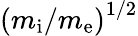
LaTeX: \left(m_{\mathrm{i}}/m_{\mathrm{e}}\right)^{1/2}